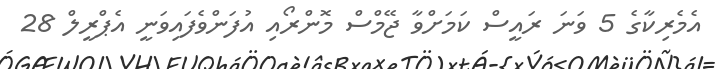
އެމެރިކާގެ 5 ވަނަ ރައީސް ކަމަށްވާ ޖޭމްސް މޮންރޯއި އުފަންވެފައިވަނީ އެޕްރީލް 28